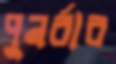
পুনর্বার